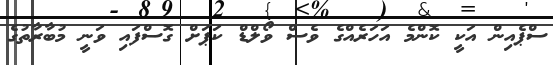
ސްޕެއިން އަކީ ކޮންމެ އަހަރެއްގެ ވެސް ވޯލްޑް ކަޕަށް ގޮސްފައި ވަނީ މުބާރާތުގެ